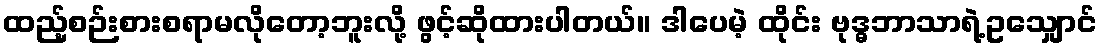
ထည့်စဉ်းစားစရာမလိုတော့ဘူးလို့ ဖွင့်ဆိုထားပါတယ်။ ဒါပေမဲ့ ထိုင်း ဗုဒ္ဓဘာသာရဲ့ဥသျှောင်